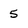
Character: 5